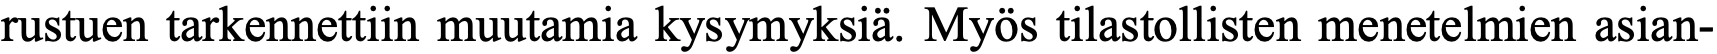
rustuen tarkennettiin muutamia kysymyksiä. Myös tilastollisten menetelmien asian-